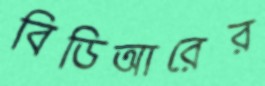
বিডিআরের